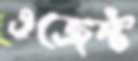
এজেন্ট